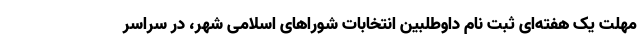
مهلت یک هفته‌ای ثبت نام داوطلبین انتخابات شوراهای اسلامی شهر، در سراسر